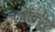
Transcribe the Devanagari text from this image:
बीक्री